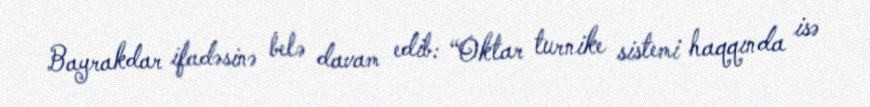
Bayrakdar ifadəsinə belə davam edib: “Oktar turnike sistemi haqqında isə